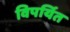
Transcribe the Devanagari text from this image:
विपर्यित